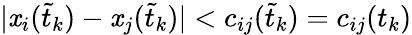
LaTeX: |\mathit{x}_{i}(\tilde{{t}}_{k})-\mathit{x}_{j}(\tilde{{t}}_{k})|<c_{ij}(\tilde{{t}}_{k})=c_{ij}(t_{k})